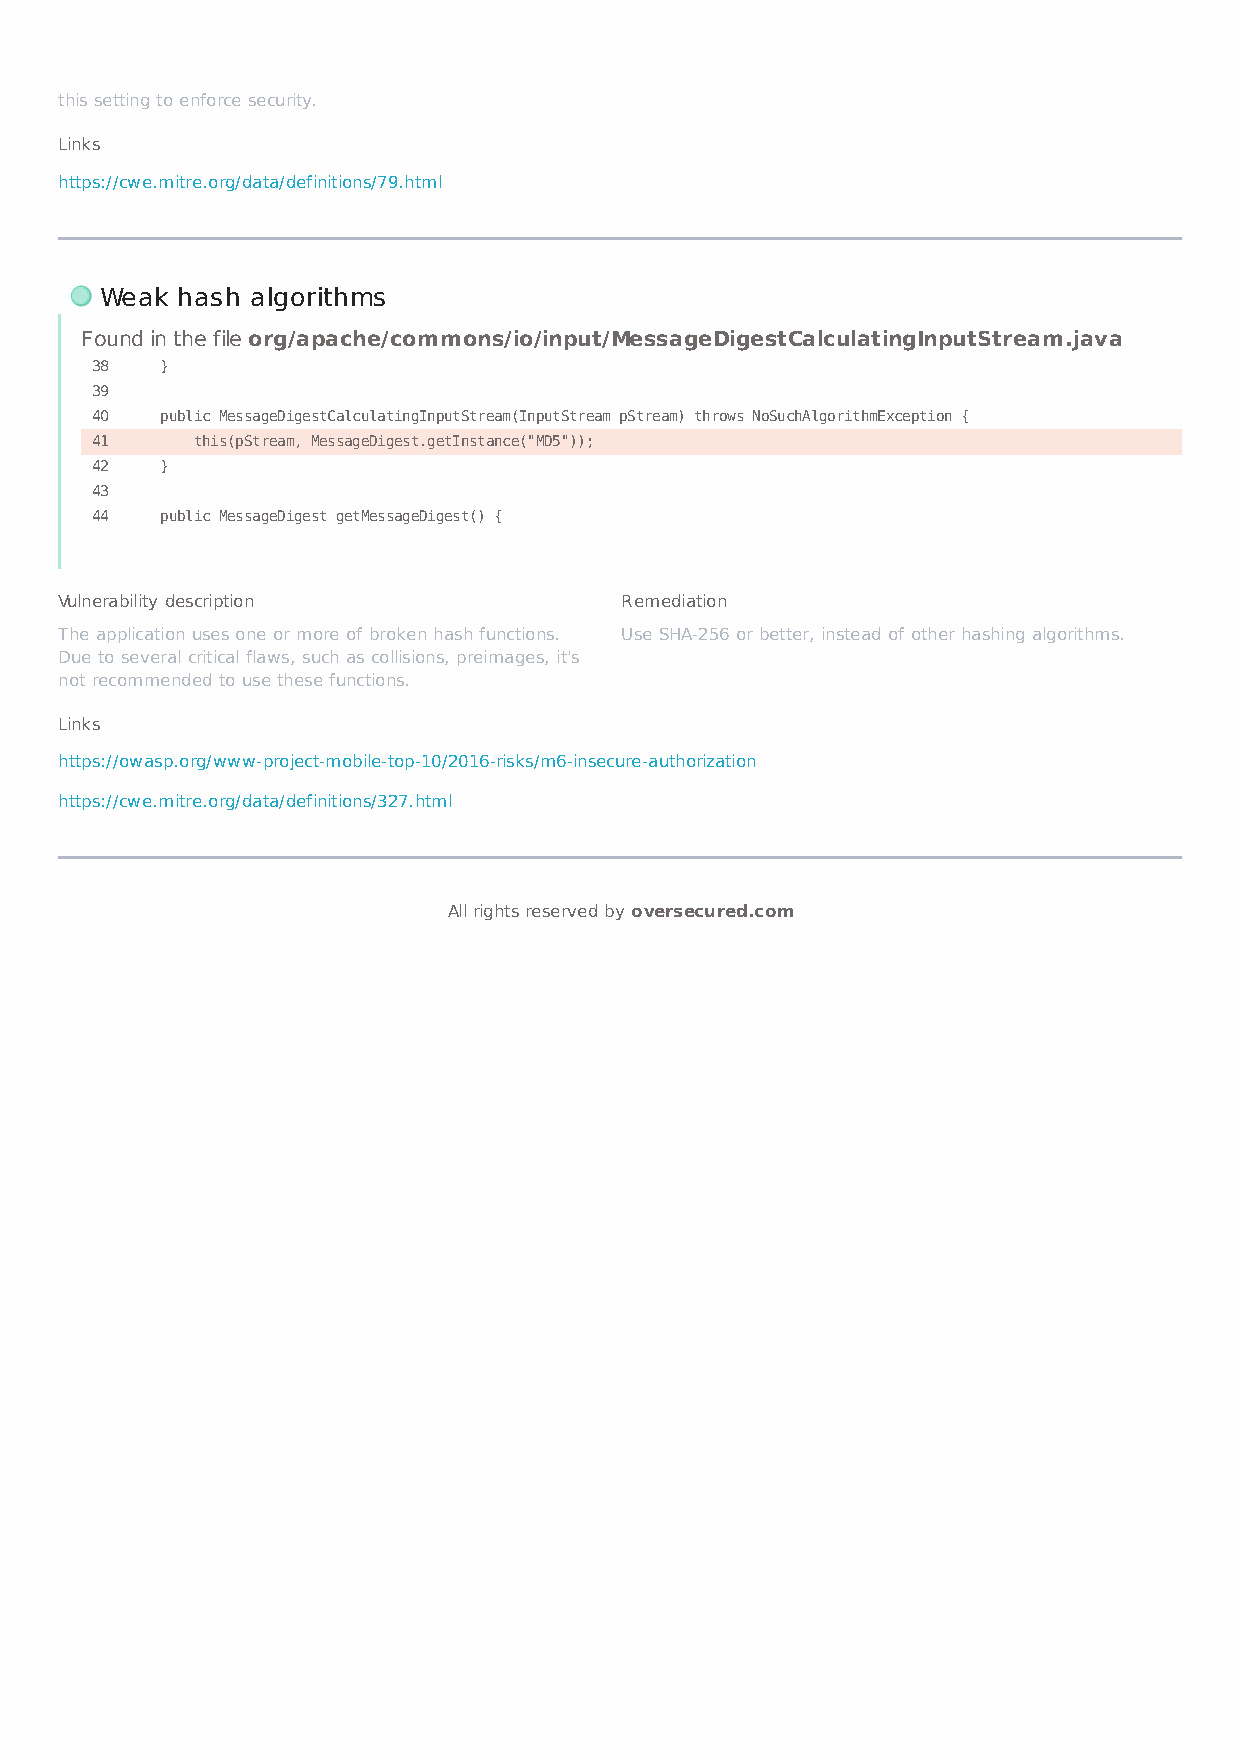
this setting to enforce security.
 Links
 https://cwe.mitre.org/data/definitions/79.html
 Weak hash algorithms
 Found in the file org/apache/commons/io/input/MessageDigestCalculatingInputStream.java
 38   }
 39
 40   public MessageDigestCalculatingInputStream(InputStream pStream) throws NoSuchAlgorithmException {
 41     this(pStream, MessageDigest.getInstance("MD5"));
 42   }
 43
 44   public MessageDigest getMessageDigest() {
 Vulnerability description            Remediation
 The application uses one or more of broken hash functions. Use SHA-256 or better, instead of other hashing algorithms.
 Due to several critical flaws, such as collisions, preimages, it's
 not recommended to use these functions.
 Links
 https://owasp.org/www-project-mobile-top-10/2016-risks/m6-insecure-authorization
 https://cwe.mitre.org/data/definitions/327.html
 All rights reserved by oversecured.com